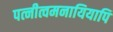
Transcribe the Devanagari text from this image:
पत्नीत्वमनायियापि